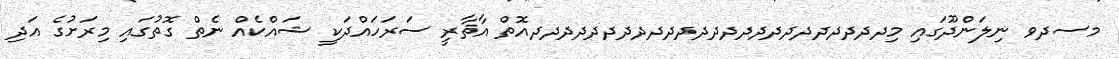
މސދވ ނިލަންދޫގައި މިދދދދދދދދދދދދދދދދދދދދދދދދއޮތް އާޘާރީ ސަރަހައްދަކީ ޝައްކެއް ނެތް ގޮތުގައި މިރަށުގެ އަދި